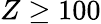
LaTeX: Z\geq 100